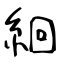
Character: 絗